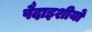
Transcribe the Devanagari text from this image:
पैदाइशीयों